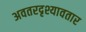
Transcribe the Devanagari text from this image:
अवतरदृश्यावतार